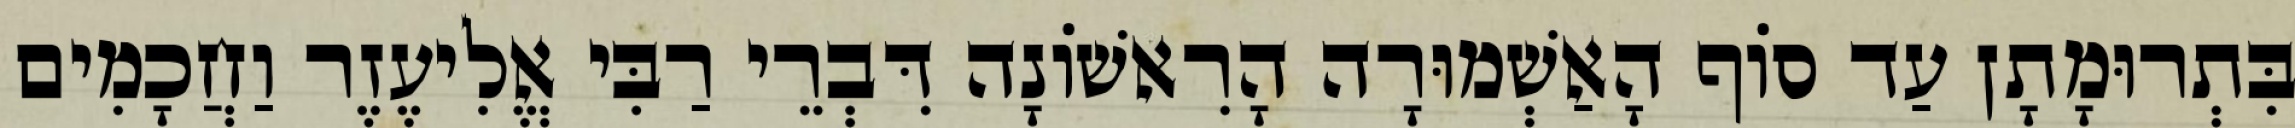
בִּתְרוּמָתָן עַד סוֹף הָאַשְׁמוּרָה הָרִאשׁוֹנָה דִּבְרֵי רַבִּי אֱלִיעֶזֶר וַחֲכָמִים